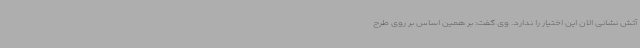
آتش نشانی الان این اختیار را ندارد. وی گفت: بر همین اساس بر روی طرح